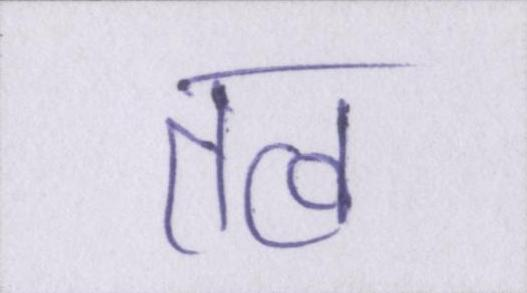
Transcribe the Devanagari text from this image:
तत्व